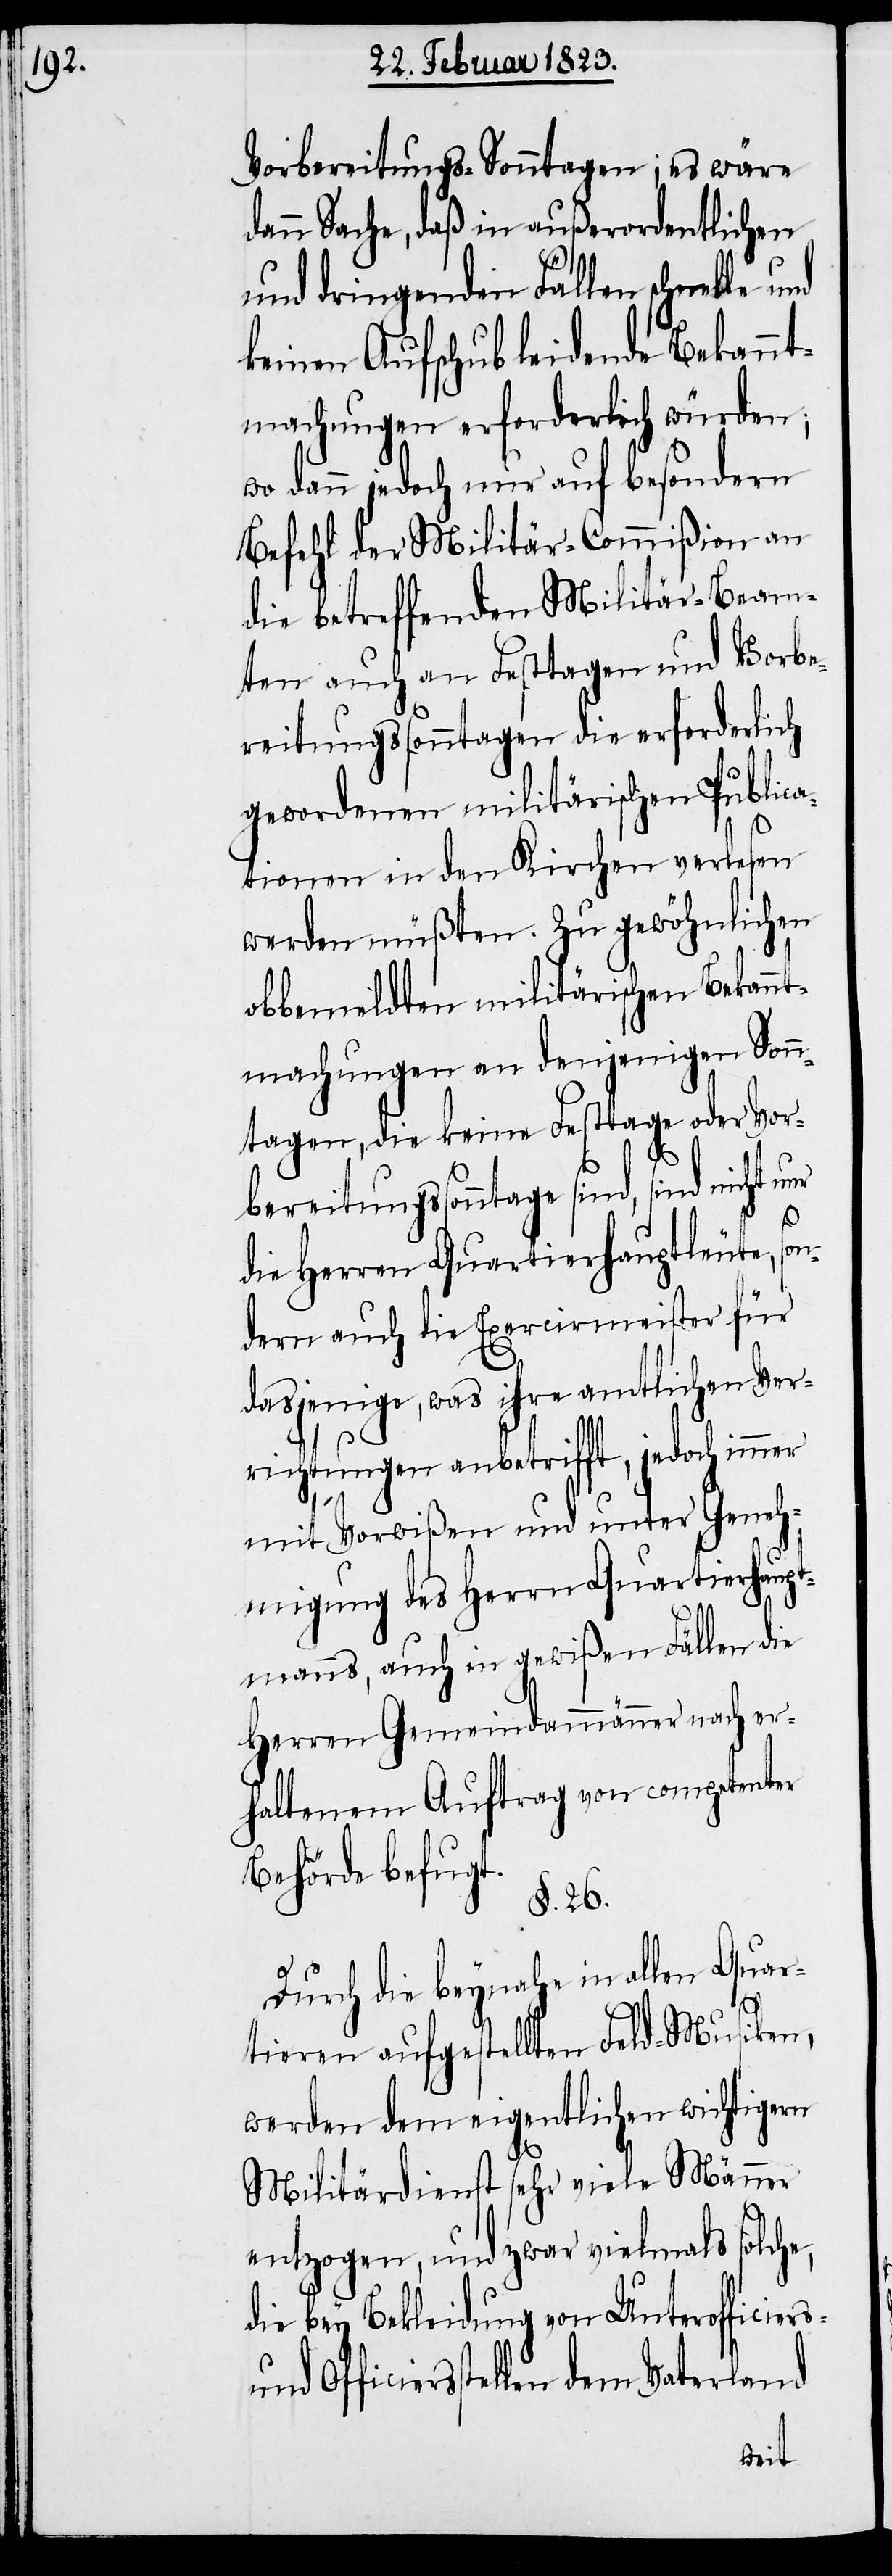
Vorbereitungs-Sonntagen; es wäre
dann Sache, daß in außerordentlichen
und dringenden Fällen schnelle und
keinen Aufschub leidende Bekannt¬
machungen erforderlich würden;
wo dann jedoch nur auf besondern
Befehl der Militär-Commißion an
die betreffenden Militär-Beam¬
ten auch an Festtagen und Vorbe¬
reitungssonntagen die erforderlich
gewordenen militärischen Publica¬
tionen in den Kirchen verlesen
werden müßten. Zu gewöhnlichen
obbemeldten militärischen Bekannt¬
machungen an denjenigen Sonn¬
tagen, die keine Festtage oder Vor¬
bereitungssonntage sind, sind nicht nur
die Herren Quartierhauptleute, so¬
ndern auch die Exercirmeister für
dasjenige, was ihre amtlichen Ver¬
richtungen anbetrifft, jedoch immer
mit Vorwißen und unter Geneh¬
migung des Herrn Quartierhaupt¬
manns, auch in gewißen Fällen die
Herren Gemeindammänner nach er¬
haltenem Auftrag von competenter
Behörde befugt.
§. 26.
Durch die beynahe in allen Quar¬
tieren aufgestellten Feld-Musiken,
werden dem eigentlichen wichtigern
Militärdienst sehr viele Männer
entzogen, und zwar vielmals solche,
die bey Bekleidung von Unterofficiers-
Officiersstellen dem Vaterland